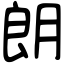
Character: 朗